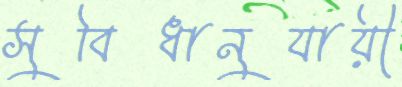
সুবিধানুযায়ী